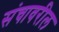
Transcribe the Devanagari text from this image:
संचावरील